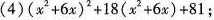
(4)$$( x ^ { 2 } + 6 x ) ^ { 2 } + 1 8 ( x ^ { 2 } + 6 x ) + 8 1$$ ;